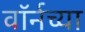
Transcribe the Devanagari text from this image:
वॉर्नच्या